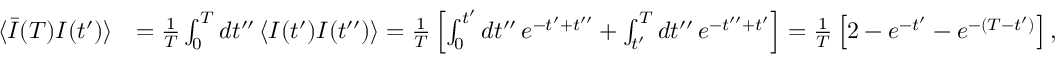
\begin{array} { r l } { \langle \bar { I } ( T ) I ( t ^ { \prime } ) \rangle } & { = \frac { 1 } { T } \int _ { 0 } ^ { T } d t ^ { \prime \prime } \, \langle I ( t ^ { \prime } ) I ( t ^ { \prime \prime } ) \rangle = \frac { 1 } { T } \left[ \int _ { 0 } ^ { t ^ { \prime } } d t ^ { \prime \prime } \, e ^ { - t ^ { \prime } + t ^ { \prime \prime } } + \int _ { t ^ { \prime } } ^ { T } d t ^ { \prime \prime } \, e ^ { - t ^ { \prime \prime } + t ^ { \prime } } \right] = \frac { 1 } { T } \left[ 2 - e ^ { - t ^ { \prime } } - e ^ { - ( T - t ^ { \prime } ) } \right] , } \end{array}